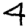
Digit: 4